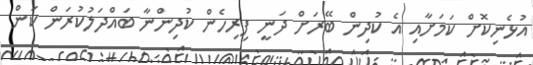
އުޅެނިކޮށް ކަމަށާއި އެ ކުދިން ބޭރަށް ދަނީ ފިރިހެން ކުދިންނާ ބައްދަލުކުރަން ކަން